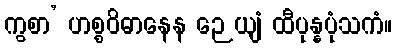
ကွစာ’ ဟစ္စဝိဓာနေန ဉေယျံ ထီပုန္နပုံသကံ။